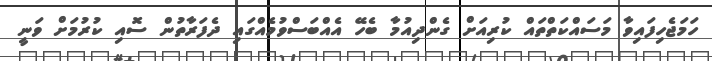
ހަމަޖެހިފައިވާ މަސައްކަތްތައް ކުރިއަށް ގެންދިއުމާ ބެހޭ އެއްބަސްވުމެއްގައި ދެފަރާތުން ސޮއި ކުރުމަށް ވަނީ